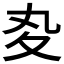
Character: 𡕞